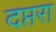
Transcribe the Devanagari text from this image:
दप्तरा